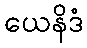
ယေနိဒံ